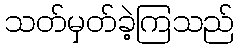
သတ်မှတ်ခဲ့ကြသည်